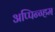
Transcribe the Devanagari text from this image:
अप्पिन्ग्हम